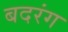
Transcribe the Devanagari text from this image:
बदरंग